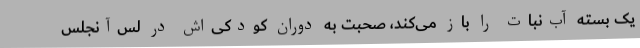
یک بسته آب‌نبات را باز می‌کند، صحبت به دوران کودکی‌اش در لس‌آنجلس